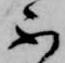
不